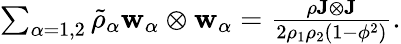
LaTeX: \begin{array}{r}{\sum_{\alpha=1,2}\tilde{\rho}_{\alpha}\mathbf{w}_{\alpha}\otimes\mathbf{w}_{\alpha}=\frac{\rho\mathbf{J}\otimes\mathbf{J}}{2\rho_{1}\rho_{2}(1-\phi^{2})}.}\end{array}